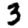
Digit: 3